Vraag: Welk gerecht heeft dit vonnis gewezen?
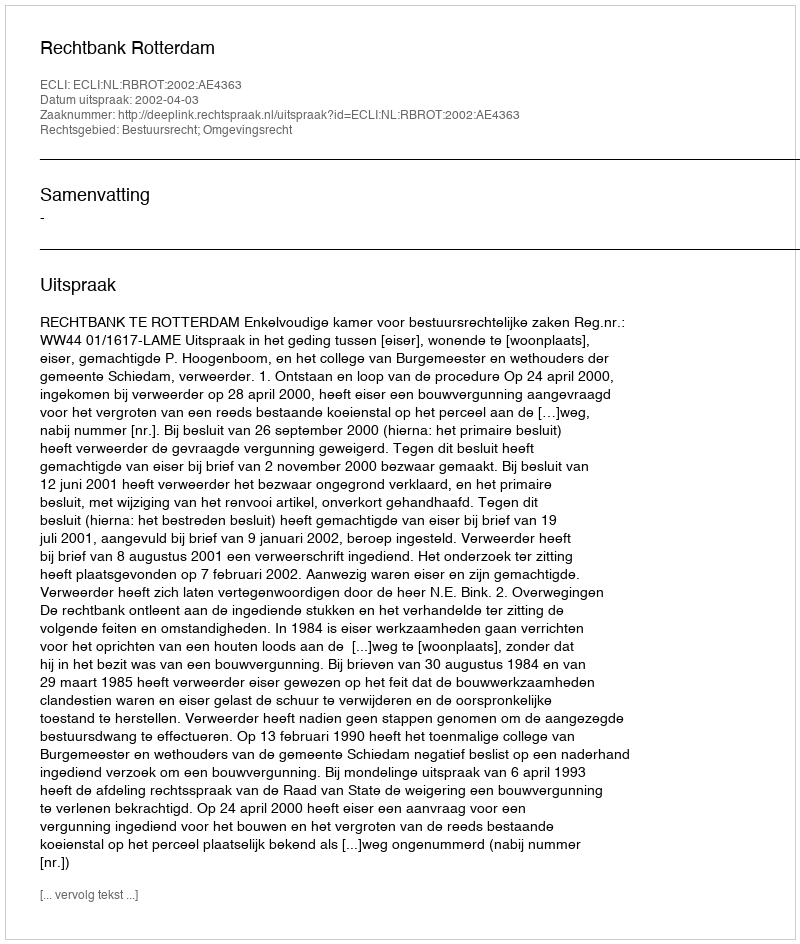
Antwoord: Rechtbank Rotterdam